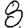
Digit: 8